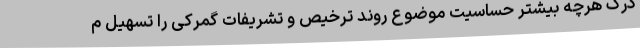
درک هرچه بیشتر حساسیت موضوع روند ترخیص و تشریفات گمرکی را تسهیل م